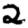
Digit: 2